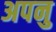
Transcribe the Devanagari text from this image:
अपनु